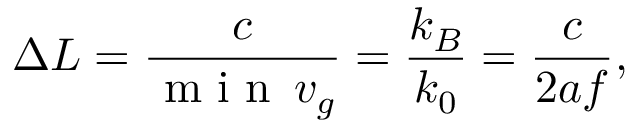
\Delta L = \frac { c } { \mathrm { ~ m ~ i ~ n ~ } \, v _ { g } } = \frac { k _ { B } } { k _ { 0 } } = \frac { c } { 2 a f } ,